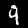
Digit: 9